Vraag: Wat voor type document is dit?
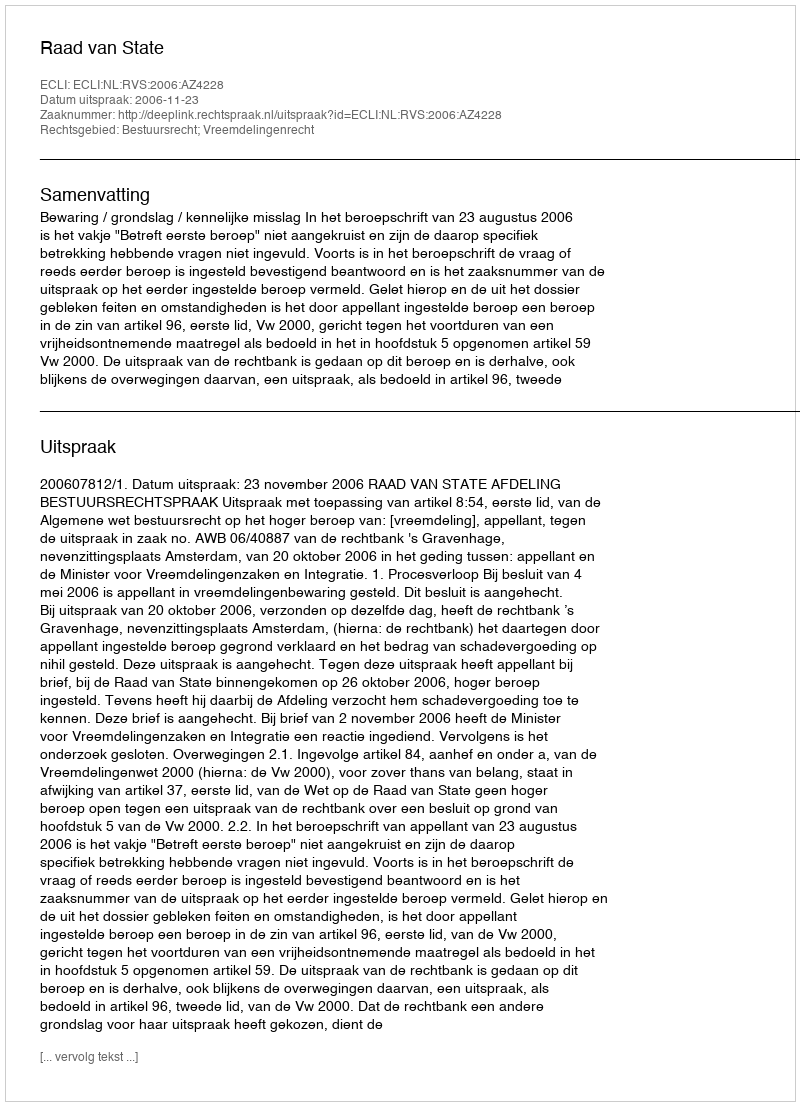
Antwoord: Uitspraak